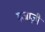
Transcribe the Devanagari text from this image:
मजाज़ी